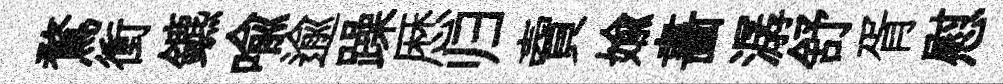
鶩衝鑣喻逾躁厯归𧶠媮畵潺舒胥慰